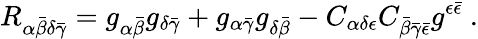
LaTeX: R_{\alpha{\bar{\beta}}\delta\bar{\gamma}}=g_{\alpha{\bar{\beta}}}g_{\delta\bar{\gamma}}+g_{\alpha\bar{\gamma}}g_{\delta{\bar{\beta}}}-C_{\alpha\delta\epsilon}C_{{\bar{\beta}}\bar{\gamma}\bar{\epsilon}}g^{\epsilon\bar{\epsilon}}\ .